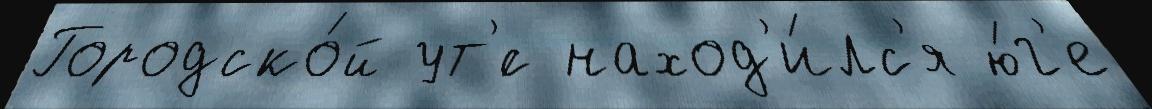
Городско́й ут'́с наход'и́лс'я ю́г'е